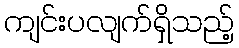
ကျင်းပလျက်ရှိသည့်